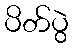
ပိတ်ပွဲ